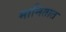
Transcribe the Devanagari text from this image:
मानितात